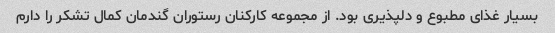
بسیار غذای مطبوع و دلپذیری بود. از مجموعه کارکنان رستوران گندمان کمال تشکر را دارم